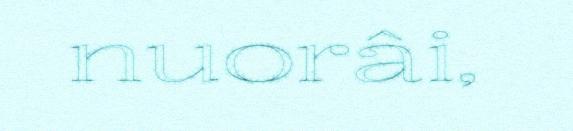
nuorâi,